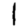
Digit: 1